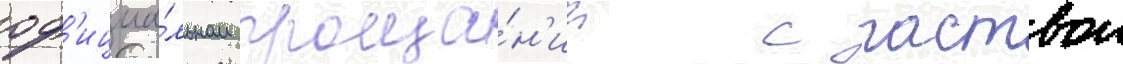
оф'ициа́льном проща́н'ии с паствои